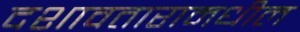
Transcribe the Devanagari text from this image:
दशावतारामधील